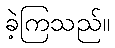
ခဲ့ကြသည်။